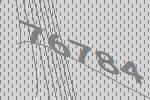
76784